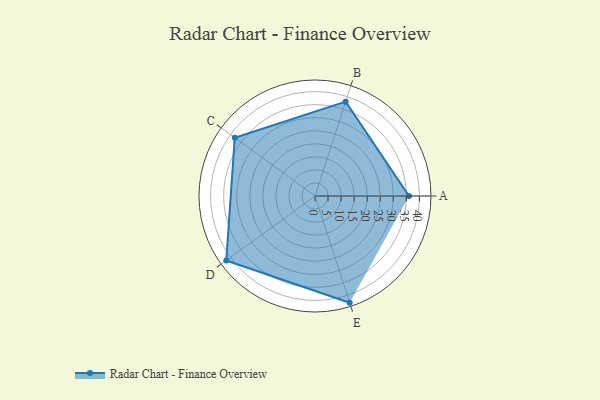
{"axis": {"x": "Skill", "y": "Score"}, "legend": ["Profile"], "data": [{"x": "A", "y": 36.0, "type": "Profile"}, {"x": "B", "y": 38.0, "type": "Profile"}, {"x": "C", "y": 38.0, "type": "Profile"}, {"x": "D", "y": 42.0, "type": "Profile"}, {"x": "E", "y": 43.0, "type": "Profile"}]}